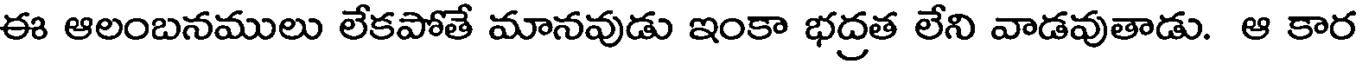
ఈ ఆలంబనములు లేకపోతే మానవుడు ఇంకా భద్రత లేని వాడవుతాడు. ఆ కార